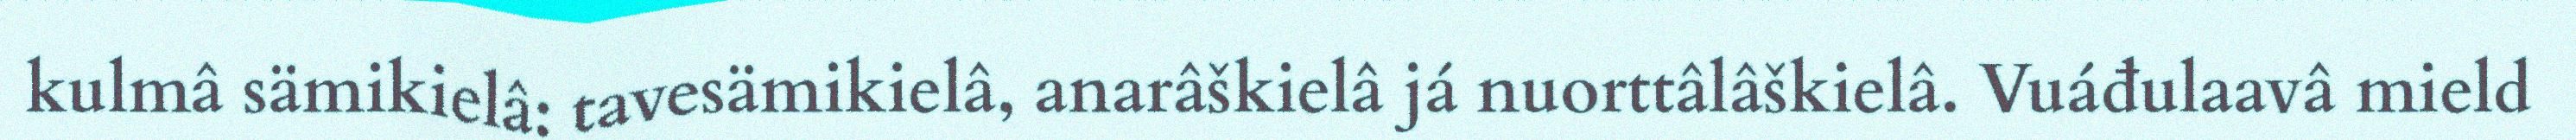
kulmâ sämikielâ: tavesämikielâ, anarâškielâ já nuorttâlâškielâ. Vuáđulaavâ mield